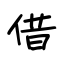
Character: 借